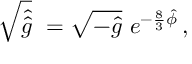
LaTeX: \sqrt { \hat { \hat { g } } } \ = \sqrt { - \hat { g } } \ e ^ { - \frac { 8 } { 3 } \hat { \phi } } \, ,